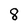
Character: 8